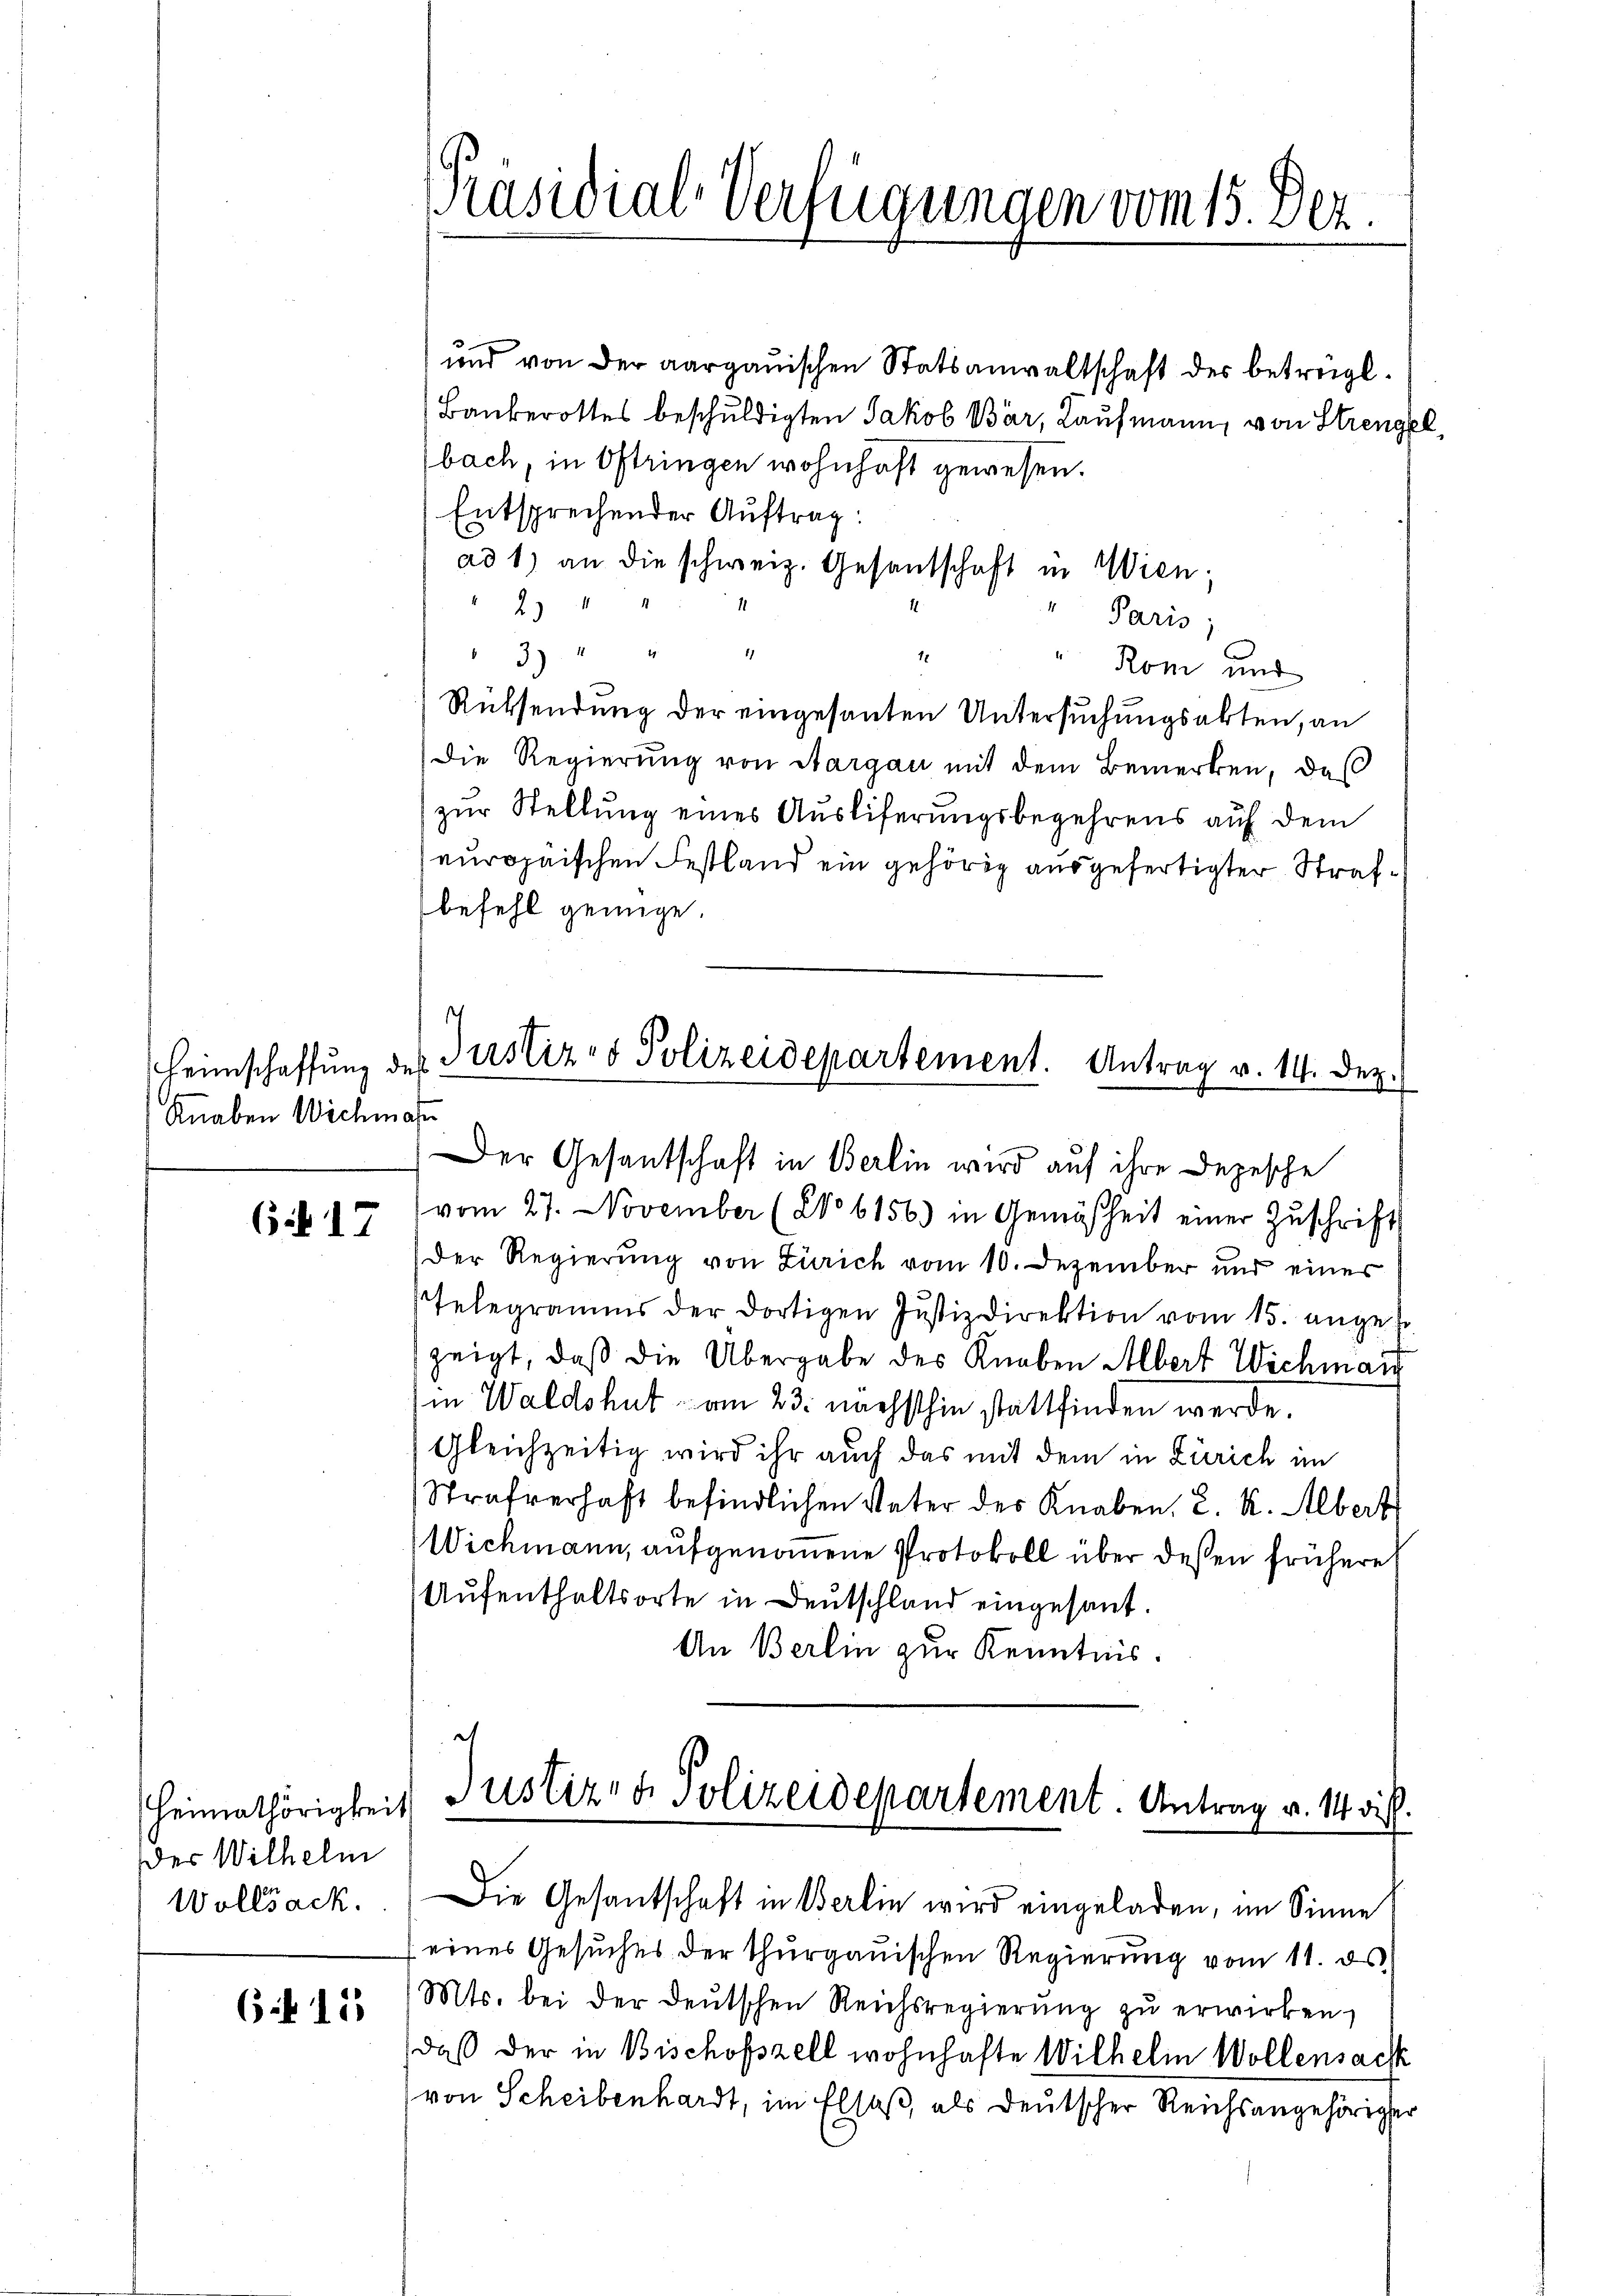
Heimschaffung des
Knaben Wichma

(i 17

Heimathörigkeit
der Wilhelm
Wollsack.

6 f 15

Präsidial-Verfügungen vom 15. Dez.

und von der aargauischen Statsanwaltschaft des betreigl.
Bankerottes beschuldigten Jakob Bär, Kaufmann, von Strenge
bach, in Oftringen wohnhaft gewesen.
Entsprechender Auftrag:
ad 1) an die schweiz. Gesandschaft in Wien,
2
Paris;
37. " " 4
" Rom und
Rüksendung der eingesanten Untersuchungsakten, an
Die Regierung von Aargau mit dem Bemerken, daß
zur Stellung eines Ausliferungsbegehrens auf dem
europaischen Festland ein gehörig ausgefertigter Strafbefehl genüge.
s
Justiz- & Polizeidepartement. Antrag v. 14. Dez.
Der Gesantschaft in Berlin wird auf ihre Depesche
vom 27. November (28o 6156) in Gemäsheit einer Zŭschrift
Der Regierung von Zürich vom 10. Dezember und eines
Telegramms der dortigen Justizdirektion vom 15. angel
zeigt, daß die Übergabe des Knaben Albert Wichmarr
in Waldshut am 23. nächsthin stattfinden werde
Gleichzeitig wird ihr auch das mit dem in Zürich im
Strafverhaft befindlichen Veter des Knaben, L. K. Albert
Wichmann, aufgenommene Protokoll über deßen frühere
Aufenthaltsorte in Deutschland eingesant.
An Berlin zur Kenntnis.
A

Justiz- & Polizeidepartement. Antrag v. 14 dist.

Die Gesantschaft in Berlin wird eingeladen, im Sinne
eines Gesuches der thurgauischen Regierung vom 11. ds.
Mts. bei der deutschen Reichsregierŭng zŭ erwirken.
daß der in Bischofszell wohnhafte Wilhelm Wollensach
von Scheibenhardt, im Elsaß, als deutscher Reichsangehöriger

.